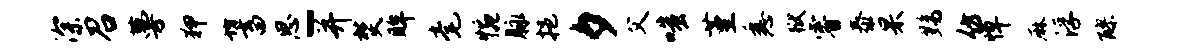
深召蔓狎坊畜思-并焚眸毫惋脉挹夕父嗤堇悉狱睿泰杲黝仿悼麻浮醪